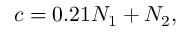
c = 0 . 2 1 N _ { 1 } + N _ { 2 } ,